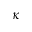
\kappa